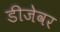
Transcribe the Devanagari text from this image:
डीजेवर